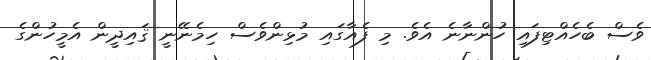
ވެސް ބެހެއްޓިފައި ހުންނާނެ އެވެ. މި ފެއާގައި މުޅިންވެސް ހިމެނޭނީ ޤައިދީން އެމީހުންގެ